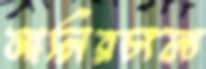
মালিরচালা